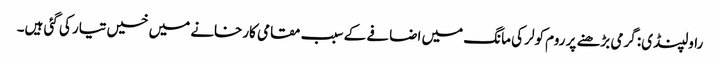
راولپنڈی: گرمی بڑھنے پر روم کولر کی مانگ میں اضافے کے سبب مقامی کارخانے میں خسیں تیار کی گئی ہیں۔